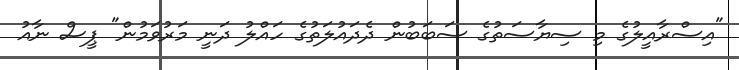
"އިސްރާއީލުގެ މި ސިޔާސަތުގެ ސަބަބުން ދެދައުލަތުގެ ހައްލު ދަނީ މަރުވަމުން" ޕީސް ނާއު